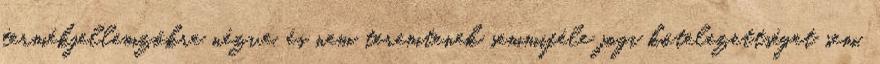
termékjellemzőkre nézve, és nem teremtenek semmiféle jogi kötelezettséget sem.